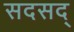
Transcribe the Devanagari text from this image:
सदसद्